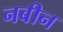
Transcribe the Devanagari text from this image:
नबीन